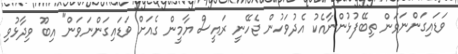
ވަޑައިގަންނަވަން ތިބޭފުޅުންނާއެކު އެދުވަހުން ޖެހޭނީ ރައީސް ޔާމީން ގެއަށް ވަޑައިގަންނަވަން" އިބޫ ވިދާޅުވި